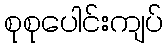
စုစုပေါင်းကျပ်